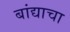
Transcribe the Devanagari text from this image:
बांद्याचा